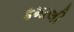
કમાલી